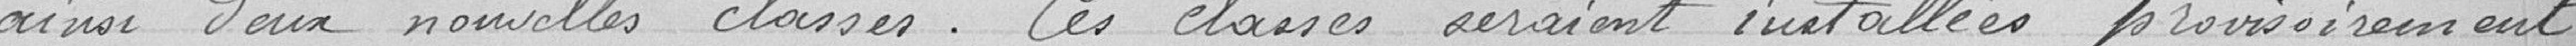
ainsi deux nouvelles classes. Ces classes seraient installées provisoirement